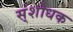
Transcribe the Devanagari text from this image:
स्ंशोधक